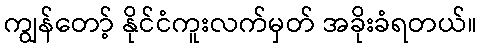
ကျွန်တော့် နိုင်ငံကူးလက်မှတ် အခိုးခံရတယ်။